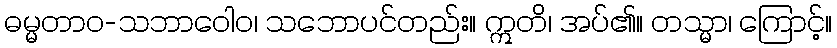
ဓမ္မတာဝ-သဘာဝေါဝ၊ သဘောပင်တည်း။ ဣတိ၊ အပ်၏။ တသ္မာ၊ ကြောင့်။